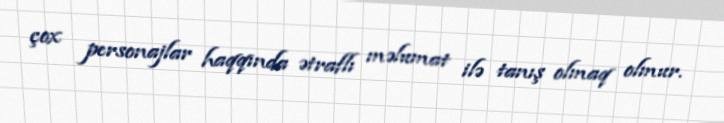
çox personajlar haqqında ətraflı məlumat ilə tanış olmaq olmur.